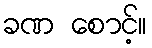
ခဏ စောင့်။